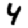
Digit: 4